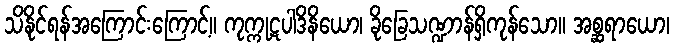
သိနိုင်ရန်အကြောင်းကြောင့်။ ကုက္ကုဋပါဒိနိယော၊ ခိုခြေသဏ္ဍာန်ရှိကုန်သော။ အစ္ဆရာယော၊